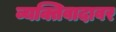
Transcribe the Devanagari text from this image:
व्यक्तिवादावर